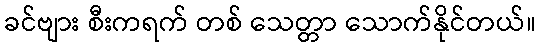
ခင်ဗျား စီးကရက် တစ် သေတ္တာ သောက်နိုင်တယ်။